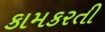
કામકરતી